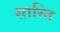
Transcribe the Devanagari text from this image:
सास्ति